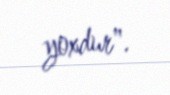
yoxdur".